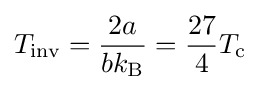
T_{\text{inv}}={\frac {2a}{bk_{\mathrm {B} }}}={\frac {27}{4}}T_{\mathrm {c} }